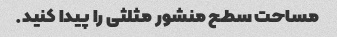
مساحت سطح منشور مثلثی را پیدا کنید.